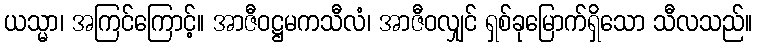
ယသ္မာ၊ အကြင်ကြောင့်။ အာဇီဝဋ္ဌမကသီလံ၊ အာဇီဝလျှင် ရှစ်ခုမြောက်ရှိသော သီလသည်။